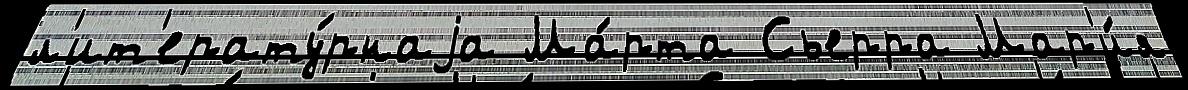
л'ит'ерату́рнаjа Ма́рта Сьерра Мар'и́я